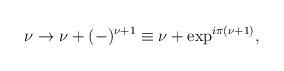
LaTeX: \begin{align*}\nu\rightarrow \nu+(-)^{\nu+1}\equiv \nu+\exp^{i\pi{(\nu+1})} ,\end{align*}